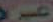
غيري